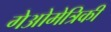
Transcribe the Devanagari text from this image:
गेओमेत्रिकी